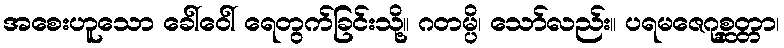
အစေးဟူသော ခေါ်ဝေါ် ရေတွက်ခြင်းသို့။ ဂတမ္ပိ၊ သော်လည်း။ ပရမဇေဂုစ္ဆတ္တာ၊